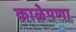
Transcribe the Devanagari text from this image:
काळेपणा